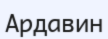
Ардавин